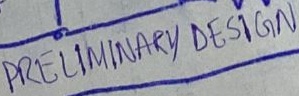
Text: PRELIMINARY DESIGN